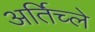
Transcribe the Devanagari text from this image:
अर्तिच्ले